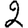
Digit: 2